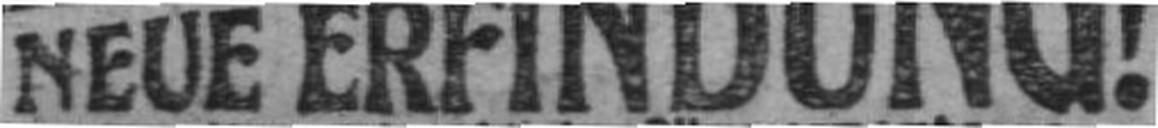
NEUE ERFINDUNG!